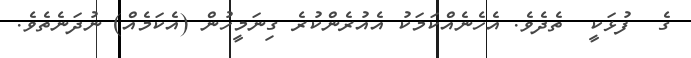
ގެ  ފުޅަކީ  ތެދެވެ. އެހެނެއްކަމަކު އެއުރެންކުރެ ގިނަމީހުން (އެކަމެއް) ނުދަނެތެވެ.